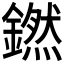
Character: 𬬊